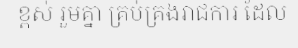
ខ្ពស់ រួមគ្នា គ្រប់គ្រងរាជការ ដែល